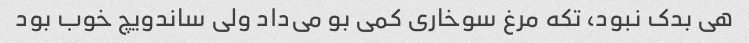
هی بدک نبود، تکه مرغ سوخاری کمی بو می‌داد ولی ساندویچ خوب بود